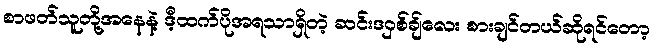
စာဖတ်သူတို့အနေနဲ့ ဒီ့ထက်ပိုအရသာရှိတဲ့ ဆင်းဒဝှစ်ချ်လေး စားချင်တယ်ဆိုရင်တော့